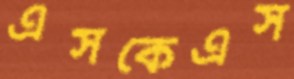
এসকেএস